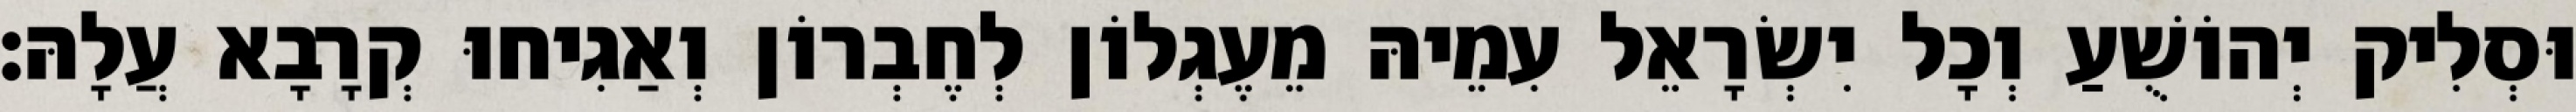
וּסְלִיק יְהוֹשֻׁעַ וְכָל יִשְׂרָאֵל עִמֵיהּ מֵעֶגְלוֹן לְחֶבְרוֹן וְאַגִיחוּ קְרָבָא עֲלָהּ׃